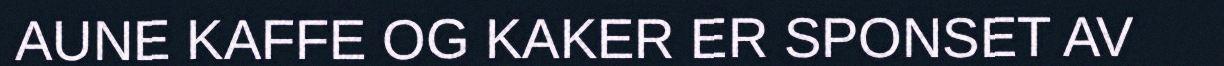
AUNE KAFFE OG KAKER ER SPONSET AV